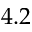
4 . 2